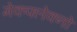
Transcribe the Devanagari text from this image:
मेकफ्लेक्नो